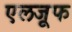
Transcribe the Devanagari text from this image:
एलजूफ